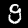
Digit: 9